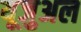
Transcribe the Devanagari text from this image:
यूजुअल